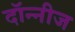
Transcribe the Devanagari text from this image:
दॉन्नीज